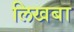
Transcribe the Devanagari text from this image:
लिखबा